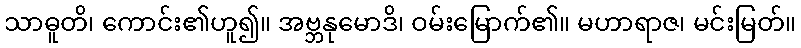
သာဓူတိ၊ ကောင်း၏ဟူ၍။ အဗ္ဘနုမောဒိ၊ ဝမ်းမြောက်၏။ မဟာရာဇ၊ မင်းမြတ်။